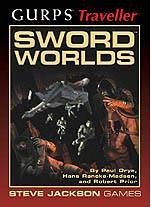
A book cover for GURPS Traveller Sword Worlds; Paul Drye; Science Fiction & Fantasy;